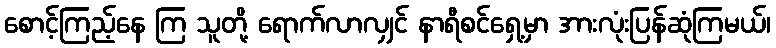
စောင့်ကြည့်နေ ကြ သူတို့ ရောက်လာလျှင် နာရီစင်ရှေ့မှာ အားလုံးပြန်ဆုံကြမယ်၊